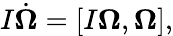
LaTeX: \begin{array}{r}{I\dot{\boldsymbol\Omega}=[I{\boldsymbol\Omega},{\boldsymbol\Omega}],}\end{array}